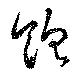
飽